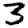
Digit: 3